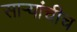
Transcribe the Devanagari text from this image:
सार्‍यांचीच